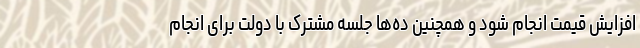
افزایش قیمت انجام شود و همچنین ده‌ها جلسه مشترک با دولت برای انجام